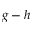
g - h